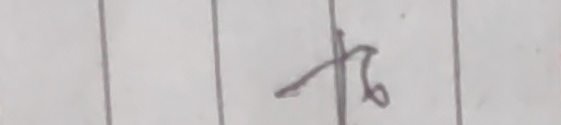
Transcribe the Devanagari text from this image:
१